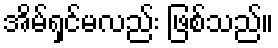
အိမ်ရှင်မလည်း ဖြစ်သည်။